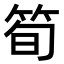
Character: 筍